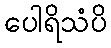
ပေါရိသံပိ